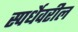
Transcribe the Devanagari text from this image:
स्पर्धेवरील